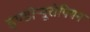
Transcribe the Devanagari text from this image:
इण्डोऱ्यूरोपियन